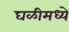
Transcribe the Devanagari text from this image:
घळीमध्ये